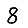
Digit: 8